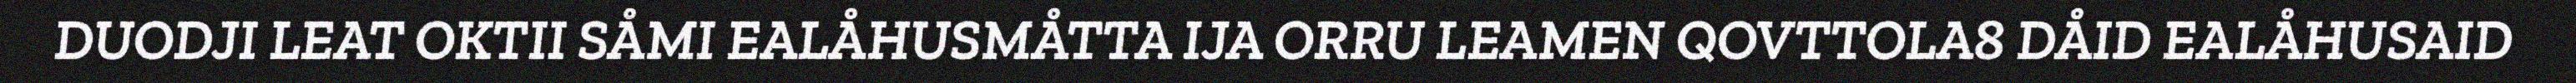
DUODJI LEAT OKTII SÅMI EALÅHUSMÅTTA IJA ORRU LEAMEN QOVTTOLA8 DÅID EALÅHUSAID